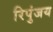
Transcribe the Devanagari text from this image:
रिपुंजय